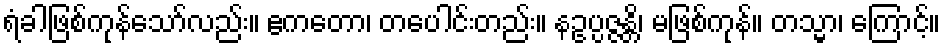
ရံခါဖြစ်ကုန်သော်လည်း။ ဧကတော၊ တပေါင်းတည်း။ နဥပ္ပဇ္ဇန္တိ၊ မဖြစ်ကုန်။ တသ္မာ၊ ကြောင့်။